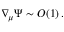
\nabla _ { \! \mu } \Psi \sim { \cal O } ( 1 ) \, .